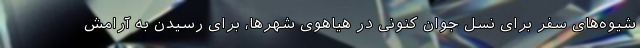
شیوه‌های سفر برای نسل جوان کنونی در هیاهوی شهرها، برای رسیدن به آرامش